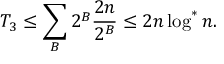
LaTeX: T _ { 3 } \leq \sum _ { B } 2 ^ { B } { \frac { 2 n } { 2 ^ { B } } } \leq 2 n \log ^ { * } n .